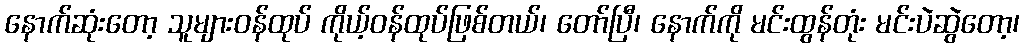
နောက်ဆုံးတော့ သူများဝန်ထုပ် ကိုယ့်ဝန်ထုပ်ဖြစ်တယ်၊ တော်ပြီ၊ နောက်ကို မင်းထွန်တုံး မင်းပဲဆွဲတော့၊